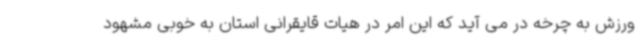
ورزش به چرخه در می آید که این امر در هیات قایقرانی استان به خوبی مشهود